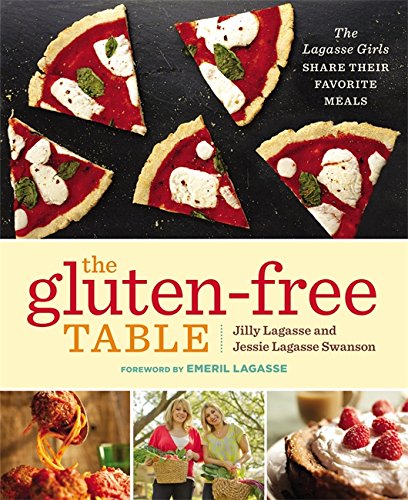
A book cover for The Gluten-Free Table: The Lagasse Girls Share Their Favorite Meals; Jilly Lagasse; Health, Fitness & Dieting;